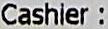
CASHIER :